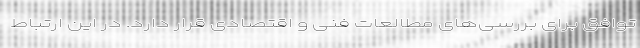
توافق برای بررسی‌های مطالعات فنی و اقتصادی قرار دارد. در این ارتباط